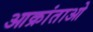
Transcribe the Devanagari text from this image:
आक्रांताओ